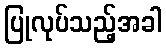
ပြုလုပ်သည့်အခါ